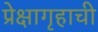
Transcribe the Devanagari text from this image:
प्रेक्षागृहाची